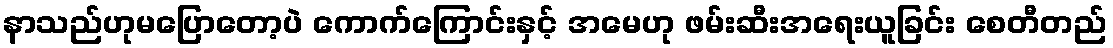
နာသည်ဟုမပြောတော့ပဲ ကောက်ကြောင်းနှင့် အမေဟု ဖမ်းဆီးအရေးယူခြင်း စေတီတည်